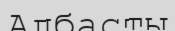
Албасты